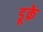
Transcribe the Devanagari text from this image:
डूक्रे